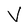
Character: V